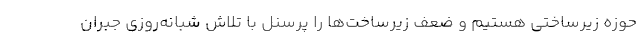
حوزه زیرساختی هستیم و ضعف زیرساخت‌ها را پرسنل با تلاش شبانه‌روزی جبران